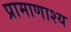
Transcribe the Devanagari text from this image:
प्रामाणाश्य